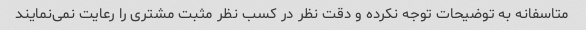
متاسفانه به توضیحات توجه نکرده و دقت نظر در کسب نظر مثبت مشتری را رعایت نمی‌نمایند